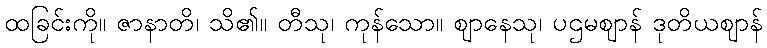
ထခြင်းကို။ ဇာနာတိ၊ သိ၏။ တီသု၊ ကုန်သော။ ဈာနေသု၊ ပဌမဈာန် ဒုတိယဈာန်